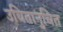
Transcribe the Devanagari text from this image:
उचितानुचित